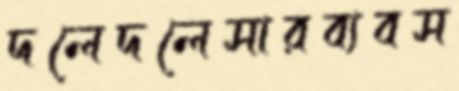
দলেদলেসারব্যবস